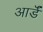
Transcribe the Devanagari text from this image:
आर्डॅ